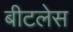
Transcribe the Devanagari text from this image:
बीटलेस